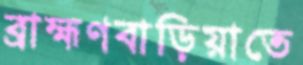
ব্রাহ্মণবাড়িয়াতে